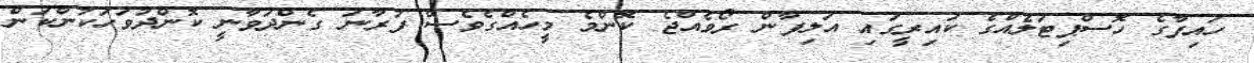
ހައިފާގެ ހޮސްޕިޓަލެއްގެ ކައިރީގައި އަލިފާން ރޯވެއްޖެ ކޮންމެ މީހެއްގެވެސް ފުރާނަ ގެންދަވާނީ ކޮންދުވަހަކުންކަން